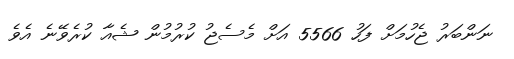
ނަންބަރު ޖެހުމަށް ފަހު 5566 އަށް މެސެޖު ކުރުމުން ޝެއާ ކުރެވޭނެ އެވެ